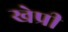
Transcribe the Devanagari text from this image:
खेप्री